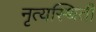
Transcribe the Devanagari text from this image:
नृत्यस्थिती